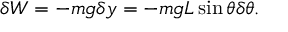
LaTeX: \delta W = - m g \delta y = - m g L \sin \theta \delta \theta .